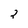
Character: 2